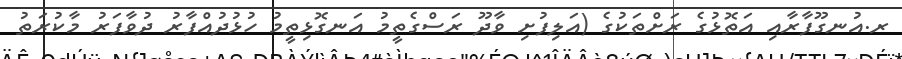
ރ.އުނގޫފާރާއި އަތޮޅުގެ ރަށްތަކުގެ (އަލިފުށި ވާދޫ ރަސްގެތީމު އަނގޮޅިތީމު ހުޅުދުއްފާރު ދުވާފަރު މާކުރަތު